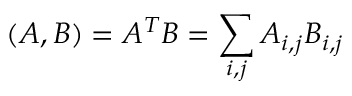
( A , B ) = A ^ { T } B = \sum _ { i , j } A _ { i , j } B _ { i , j }